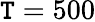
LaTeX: \mathtt{T}=500